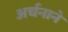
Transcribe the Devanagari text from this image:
अर्चनाने